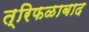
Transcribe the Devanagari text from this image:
त्रिफळाबाद